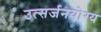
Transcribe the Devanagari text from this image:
उत्सर्जनयोग्य